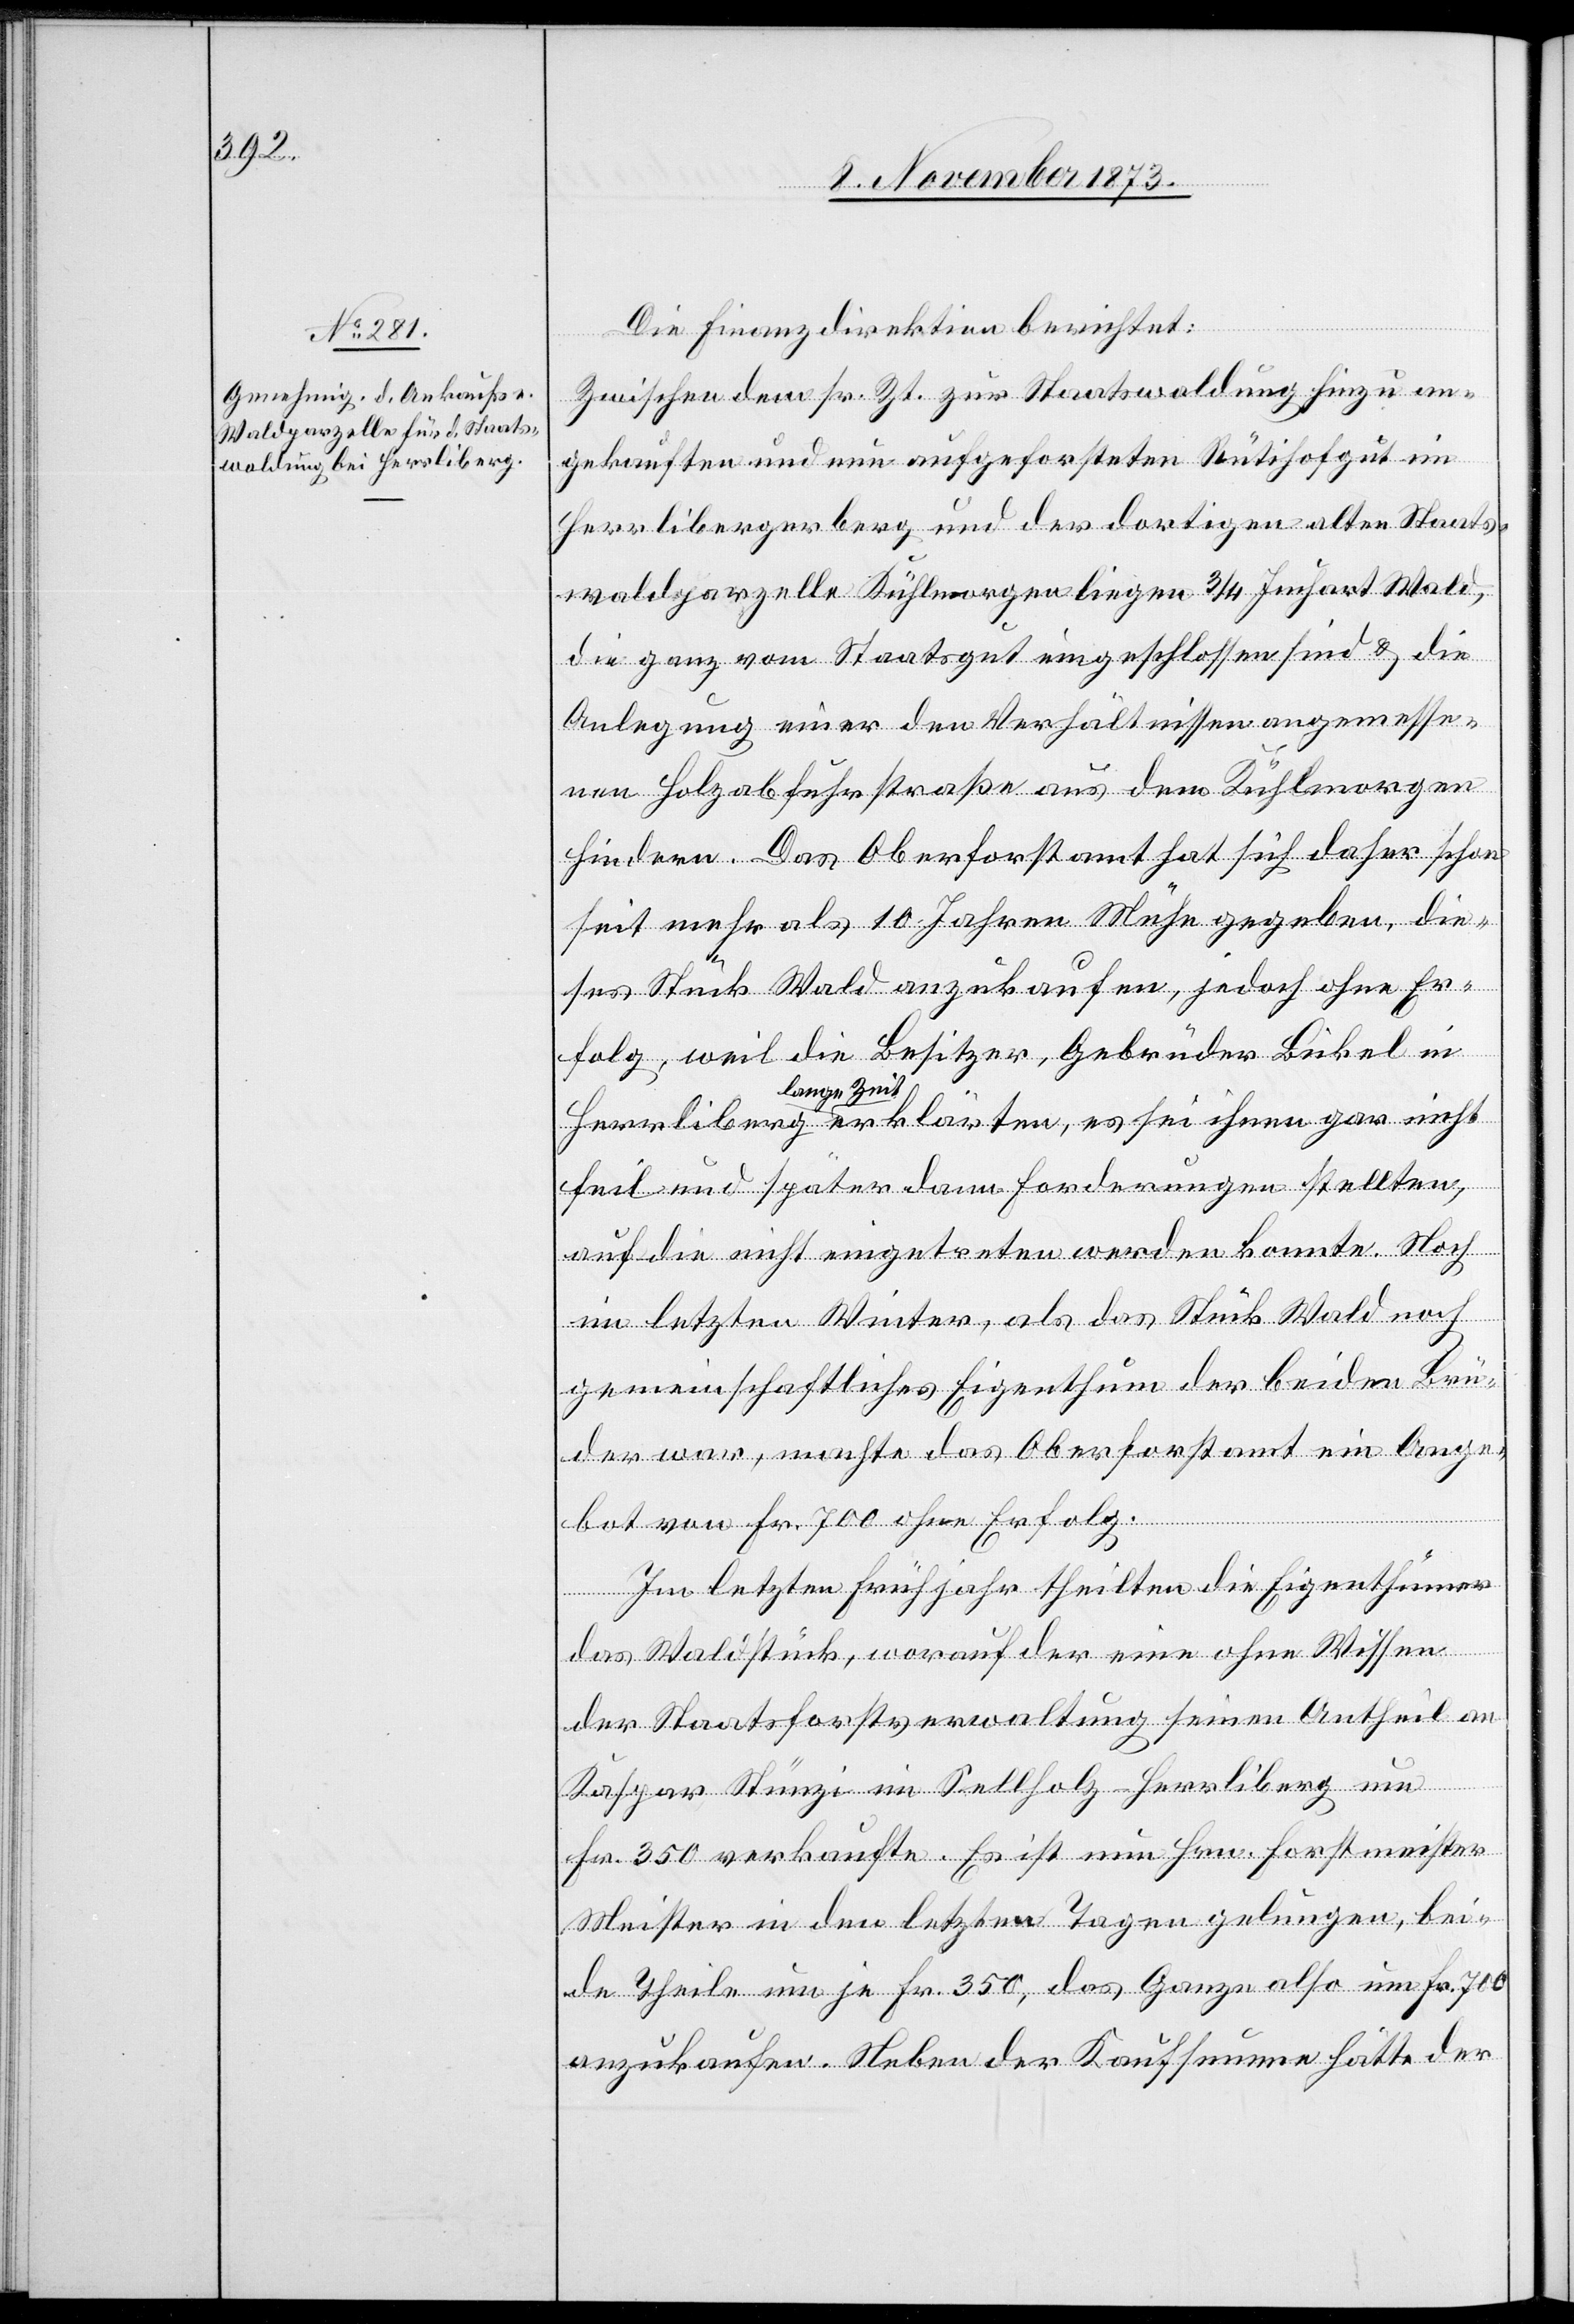
Die Finanzdirektion berichtet:
Zwischen dem sr. Zt. zur Staatswaldung hinzu an¬
gekauften und nun aufgeforsteten Rütihofgut im
Herrlibergerberg und der dortigen alten Staats¬
waldparzelle Kühlmorgen liegen 3/4 Juchart Wald,
die ganz vom Staatsgut eingeschlossen sind & die
Anlegung einer den Verhältnissen angemesse¬
nen Holzabfuhrstraße aus dem Kühlmorgen
hindern. Das Oberforstamt hat sich daher schon
seit mehr als 10 Jahren Mühe gegeben, die¬
ses Stück Wald anzukaufen, jedoch ohne Er¬
folg, weil die Besitzer, Gebrüder Bickel in
lange Zeit
feil und später dann Forderungen stellten,
auf die nicht eingetreten werden konnte. Noch
im letzten Winter, als das Stück Wald noch
gemeinschaftliches Eigenthum der beiden Brü¬
der war, machte das Oberforstamt ein Ange¬
sei ihnen
bot von Fr. 700 ohne Erfolg.
Im letzten Frühjahr theilten die Eigenthümer
das Waldstück, worauf der eine ohne Wissen
der Staatsforstverwaltung seinen Antheil an
Kaspar Stünzi im Sellholz - Herrliberg um
Fr. 350 verkaufte. Es ist nun Hrn. Forstmeister
Meister in den letzten Tagen gelungen, bei¬
de Theile um je Fr. 350, das Ganze also um Fr. 700
anzukaufen. Neben der Kaufsumme hätte der